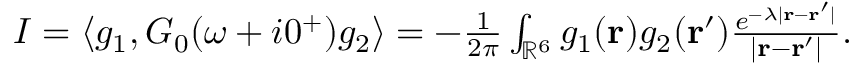
\begin{array} { r } { I = \langle g _ { 1 } , G _ { 0 } ( \omega + i 0 ^ { + } ) g _ { 2 } \rangle = - \frac 1 { 2 \pi } \int _ { \mathbb R ^ { 6 } } g _ { 1 } ( \mathbf r ) g _ { 2 } ( \mathbf r ^ { \prime } ) \frac { e ^ { - \lambda | \mathbf r - \mathbf r ^ { \prime } | } } { | \mathbf r - \mathbf r ^ { \prime } | } . } \end{array}